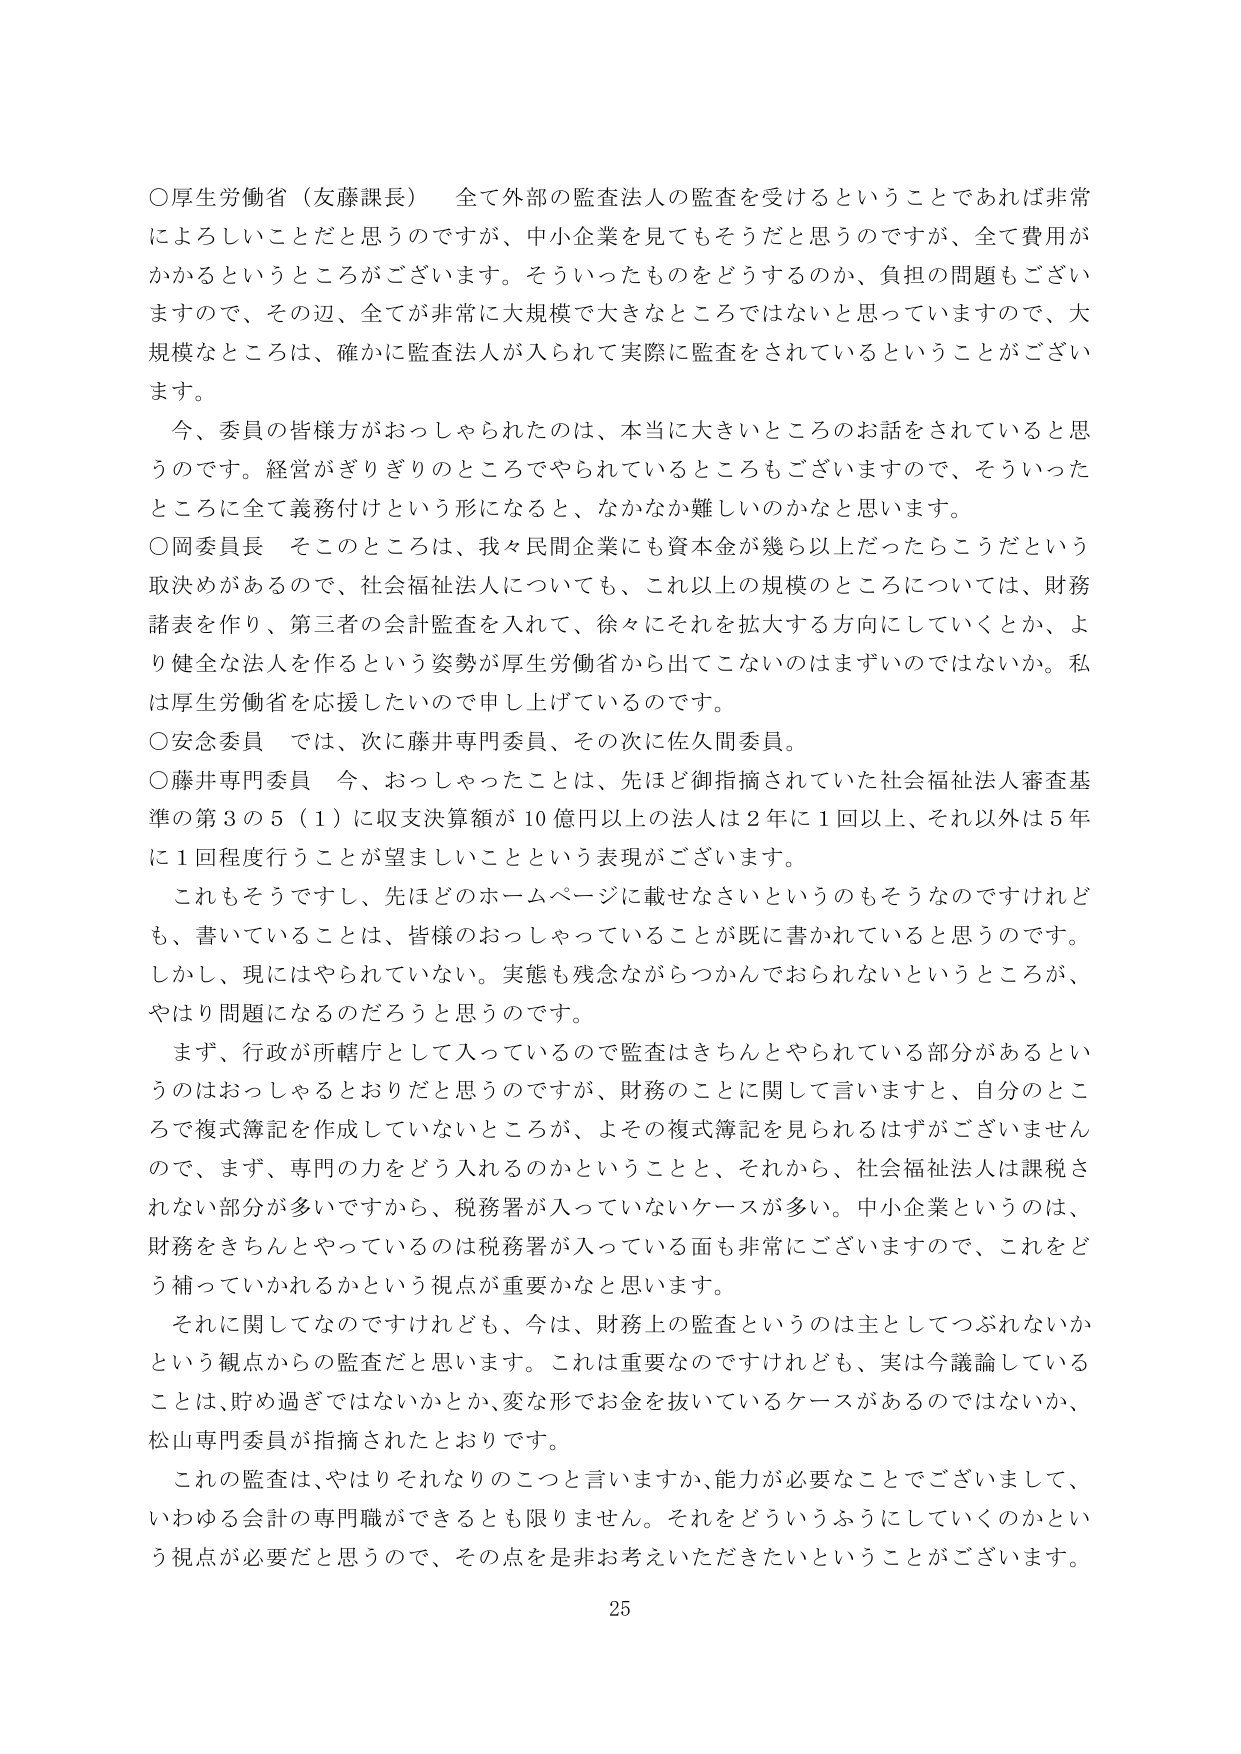
○厚生労働省（友藤課長）　全て外部の監査法人の監査を受けるということであれば非常によろしいことだと思うのですが、中小企業を見てもそうだと思うのですが、全て費用がかかるというところがございます。そういったものをどうするのか、負担の問題もございますので、その辺、全てが非常に大規模で大きなところではないと思っていますので、大規模なところは、確かに監査法人が入られて実際に監査をされているということがございます。

　今、委員の皆様方がおっしゃられたのは、本当に大きいところのお話をされていると思うのです。経営がぎりぎりのところでやられているところもございますので、そういったところに全て義務付けという形になると、なかなか難しいのかなと思います。

○岡委員長　そのところは、我々民間企業にも資本金が幾ら以上だったらこうだという取決めがあるので、社会福祉法人についても、これ以上の規模のところについては、財務諸表を作り、第三者の会計監査を入れて、徐々にそれを拡大する方向にしていくとか、より健全な法人を作るという姿勢が厚生労働省から出てこないのはまずいのではないか。私は厚生労働省を応援したいので申し上げているのです。

○安念委員　では、次に藤井専門委員、その次に佐久間委員。

○藤井専門委員　今、おっしゃったことは、先ほど御指摘されていた社会福祉法人審査基準の第３の５（１）に収支決算額が10億円以上の法人は2年に1回以上、それ以外は5年に1回程度行うことが望ましいことという表現がございます。

　これもそうですし、先ほどのホームページに載せなさいというのもそうなのですけれども、書いていることは、皆様のおっしゃっていることが既に書かれていると思うのです。しかし、現にはやられていない。実態も残念ながらつかんでおられないというところが、やはり問題になるのだろうと思うのです。

　まず、行政が所轄庁として入っているので監査はきちんとやられている部分があるというのはおっしゃるとおりだと思うのですが、財務のことに言いますと、自分のところで複式簿記を作成していないところが、よその複式簿記を見られるはずがございませんので、まず、専門の力をどう入れるのかということと、それから、社会福祉法人は課税されない部分が多いですから、税務署が入っていないケースが多い。中小企業というのは、財務をきちんとやっているのは税務署が入っている面も非常にございますので、これをどう補っていかれるかという視点が重要かなと思います。

　それに関してなのですけれども、今は、財務上の監査というのは主としてつぶれないかという観点からの監査だと思います。これは重要なのですが、実は今議論していることは、貯め過ぎではないかとか、変な形でお金を抜いているケースがあるのではないか、松山専門委員が指摘されたとおりです。

　この監査は、やはりそれなりのこつと言いますか、能力が必要なことでございまして、いわゆる会計の専門職ができるとも限りません。それをどういうふうにしていくのかという視点が必要だと思うので、その点を是非お考えいただきたいということがございます。

25